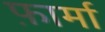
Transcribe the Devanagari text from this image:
फ़ार्मा